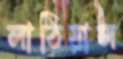
লাঠিয়াল